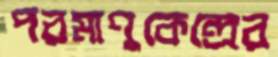
পরমাণুকেন্দ্রের